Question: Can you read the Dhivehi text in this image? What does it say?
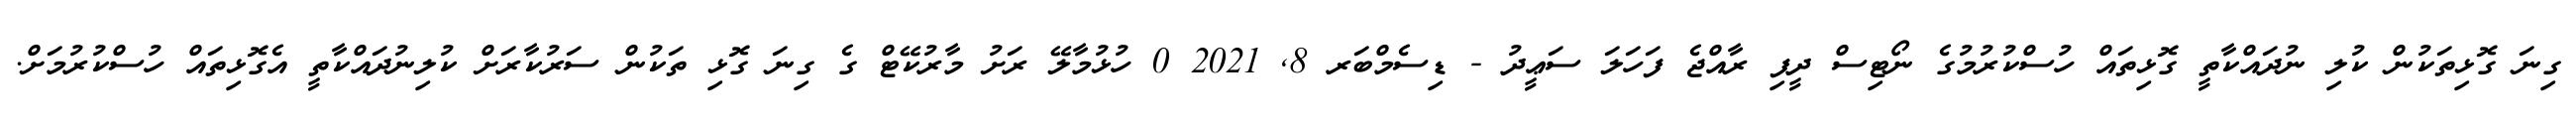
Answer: ގިނަ ގޮޅިތަކުން ކުލި ނުދައްކާތީ ގޮޅިތައް ހުސްކުރުމުގެ ނޯޓިސް ދީފި ރާއްޖެ ފަހަލަ ސަޢީދު - ޑިސެމްބަރ 8, 2021 0 ހުޅުމާލޭ ރަށު މާރުކޭޓް ގެ ގިނަ ގޮޅި ތަކުން ސަރުކާރަށް ކުލިނުދައްކާތީ އެގޮޅިތައް ހުސްކުރުމަށް.